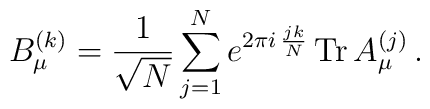
B_\mu^{(k)}={1 \over \sqrt{N}} \sum_{j=1}^N e^{2 \pi i \, {jk \over N}} \, {\rm Tr}\, A_\mu^{(j)} \, .